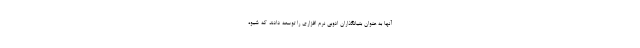
آنها به عنوان بنیانگذاران ادوبی نرم افزاری را توسعه دادند که شیوه